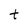
Character: t